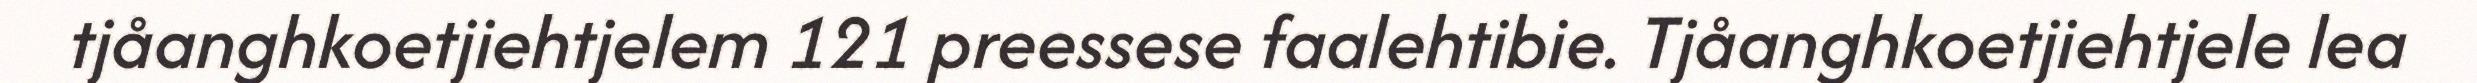
tjåanghkoetjiehtjelem 121 preessese faalehtibie. Tjåanghkoetjiehtjele lea